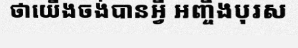
ថាយើងចង់បានអ្វី អញ្ចឹងបុរស